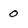
Character: 0